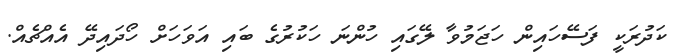
ކަދުރަކީ ފަސޭހައިން ހަޖަމުވާ ލޭގައި ހުންނަ ހަކުރުގެ ބައި އަވަހަށް ހޯދައިދޭ އެއްޗެއް.